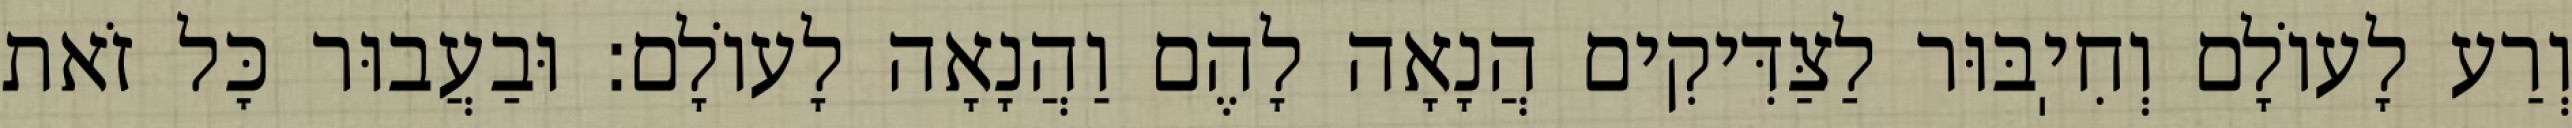
וְרַע לָעוֹלָם וְחִיֽבּוּר לַצַּדִּיקִים הֲנָאָה לָהֶם וַהֲנָאָה לָעוֹלָם: וּבַעֲבוּר כׇּל זֹאת